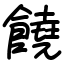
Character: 饒